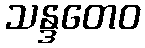
သန္ဒတေဝ